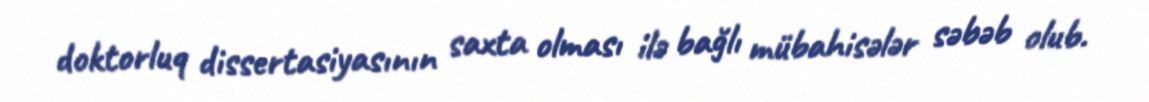
doktorluq dissertasiyasının saxta olması ilə bağlı mübahisələr səbəb olub.